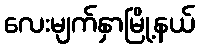
လေးမျက်နှာမြို့နယ်